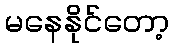
မနေနိုင်တော့